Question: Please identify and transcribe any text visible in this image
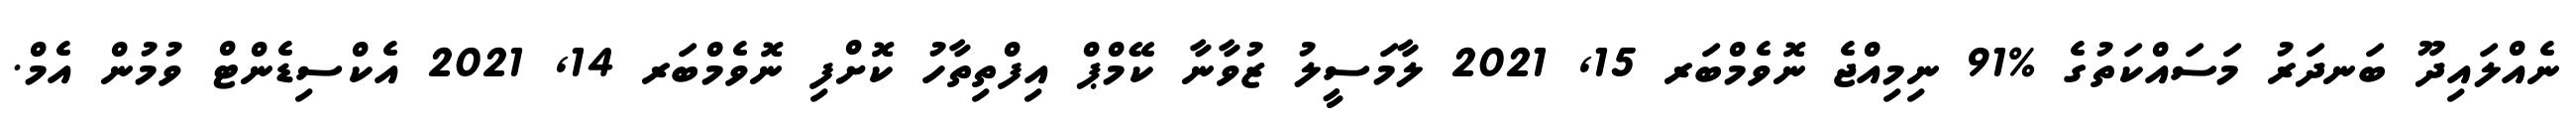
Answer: ނެއްލައިދޫ ބަނދަރު މަސައްކަތުގެ %91 ނިމިއްޖެ ނޮވެމްބަރ 15, 2021 ލާމަސީލު ޒުވާނާ ކޭމްޕް އިފްތިތާހު ކޮށްފި ނޮވެމްބަރ 14, 2021 އެކްސިޑެންޓް ވުމުން އެމް.